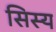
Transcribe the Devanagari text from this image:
सिस्य